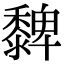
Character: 𪐄